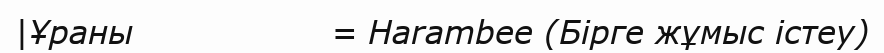
|Ұраны                  = Harambee (Бірге жұмыс істеу)